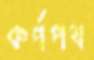
কর্ণপথ